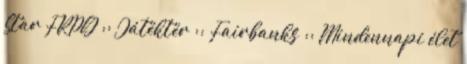
Star FRPG :: Játéktér :: Fairbanks :: Mindennapi élet